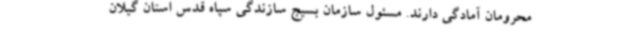
محرومان آمادگی دارند. مسئول سازمان بسیج سازندگی سپاه قدس استان گیلان